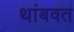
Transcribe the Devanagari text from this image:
थांबवत